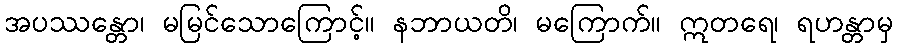
အပဿန္တော၊ မမြင်သောကြောင့်။ နဘာယတိ၊ မကြောက်။ ဣတရေ၊ ရဟန္တာမှ